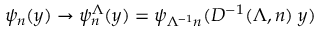
\psi _ { n } ( y ) \rightarrow \psi _ { n } ^ { \Lambda } ( y ) = \psi _ { \Lambda ^ { - 1 } n } ( D ^ { - 1 } ( \Lambda , n ) \; y )